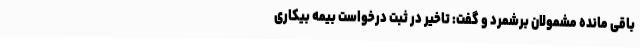
باقی ‌مانده مشمولان برشمرد و گفت: تاخیر در ثبت درخواست بیمه بیکاری